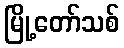
မြို့တော်သစ်